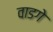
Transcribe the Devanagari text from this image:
वाडगे